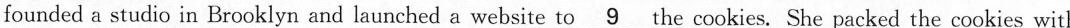
founded a studio in Brooklyn and launched a website to \underline{9} the cookies. She packed the cookies with